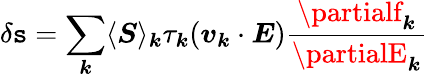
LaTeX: \delta\boldsymbol{\mathtt{s}}=\sum_{\boldsymbol{k}}\langle\boldsymbol{S}\rangle_{\boldsymbol{k}}\tau_{\boldsymbol{k}}(\boldsymbol{v}_{\boldsymbol{k}}\cdot\boldsymbol{E})\frac{{\partialf_{\boldsymbol{k}}}}{{\partialE_{\boldsymbol{k}}}}